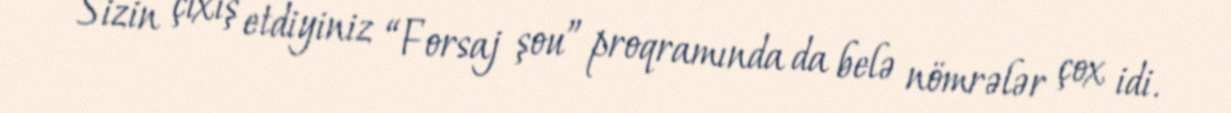
- Sizin çıxış etdiyiniz “Forsaj şou” proqramında da belə nömrələr çox idi.